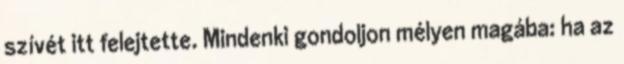
szívét itt felejtette. Mindenki gondoljon mélyen magába: ha az